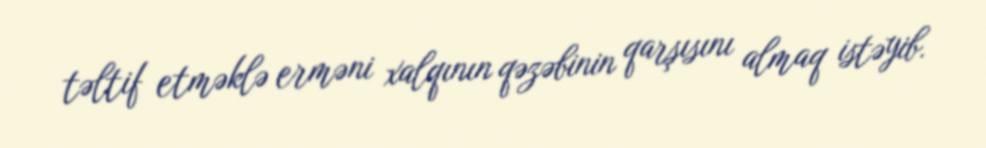
təltif etməklə erməni xalqının qəzəbinin qarşısını almaq istəyib.